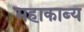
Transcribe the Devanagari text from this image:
महाकाब्‍य